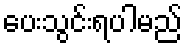
ပေးသွင်းရပါမည်